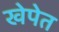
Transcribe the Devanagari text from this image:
खेपेत